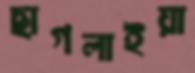
ছাগলাইয়া